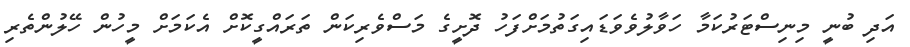
އަދި ބުނީ މިނިސްޓަރުކަމާ ހަވާލުވެވަޑައިގަތުމަށްފަހު ދޮށީގެ މަސްވެރިކަން ތަރައްގީކޮށް އެކަމަށް މީހުން ހޭލުންތެރި